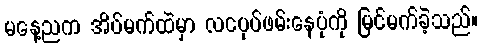
မနေ့ညက အိပ်မက်ထဲမှာ လငပုပ်ဖမ်းနေပုံကို မြင်မက်ခဲ့သည်။